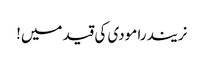
نریندرا مودی کی قید میں!